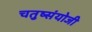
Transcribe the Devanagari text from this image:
चतुष्संयोजी